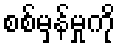
စစ်မှန်မှုကို